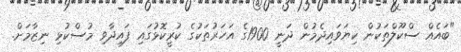
"ބައެއް ސްކޫލްތަކުން ކިޔަވައިދެމުން ދަނީ 1900ގެ އަހަރުތަކުގެ ކުރީކޮޅުގައި ފައިދާވި މުސްކުޅި ނިޒާމަށް.